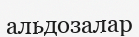
альдозалар